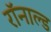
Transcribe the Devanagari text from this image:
रॉनाल्ड